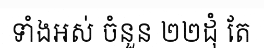
ទាំងអស់ ចំនួន ២២ដុំ តែ